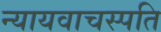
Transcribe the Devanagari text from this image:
न्यायवाचस्पति